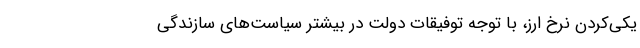
یکی‌کردن نرخ ارز، با توجه توفیقات دولت در بیشتر سیاست‌های سازندگی